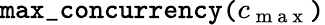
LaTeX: \mathtt{max\_ concurrency(}c_{\mathrm{~m~a~x~}}\mathtt{)}